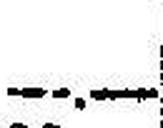
—.—